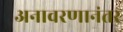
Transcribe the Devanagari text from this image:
अनावरणानंतर